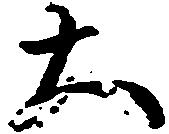
大